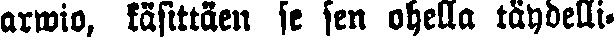
arwio, käsittäen se sen ohella täydelli-